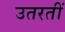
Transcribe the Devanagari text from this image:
उतरतीं